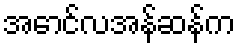
အောင်လအန်ဆန်က